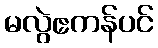
မလွဲဧကန်ပင်